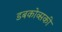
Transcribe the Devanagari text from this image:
डबकोव्सकी